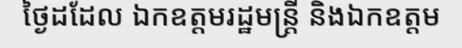
ថ្ងៃដដែល ឯកឧត្តមរដ្ឋមន្ត្រី និងឯកឧត្តម